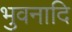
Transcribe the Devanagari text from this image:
भुवनादि